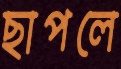
ছাপলে